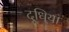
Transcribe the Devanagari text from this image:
दूधि्या